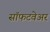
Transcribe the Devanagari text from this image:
सॉफटवेअर